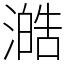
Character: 澔